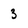
Character: 3